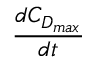
\frac { d C _ { D _ { m a x } } } { d t }